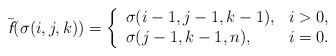
LaTeX: \begin{align*}\bar{\emph{\textsf{f}}}(\sigma(i,j,k))=\left\{\begin{array}{ll}\sigma(i-1,j-1,k-1), & i >0 ,\\\sigma(j-1,k-1,n), & i=0.\end{array}\right.\end{align*}